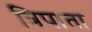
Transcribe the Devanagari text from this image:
त्रिपाता